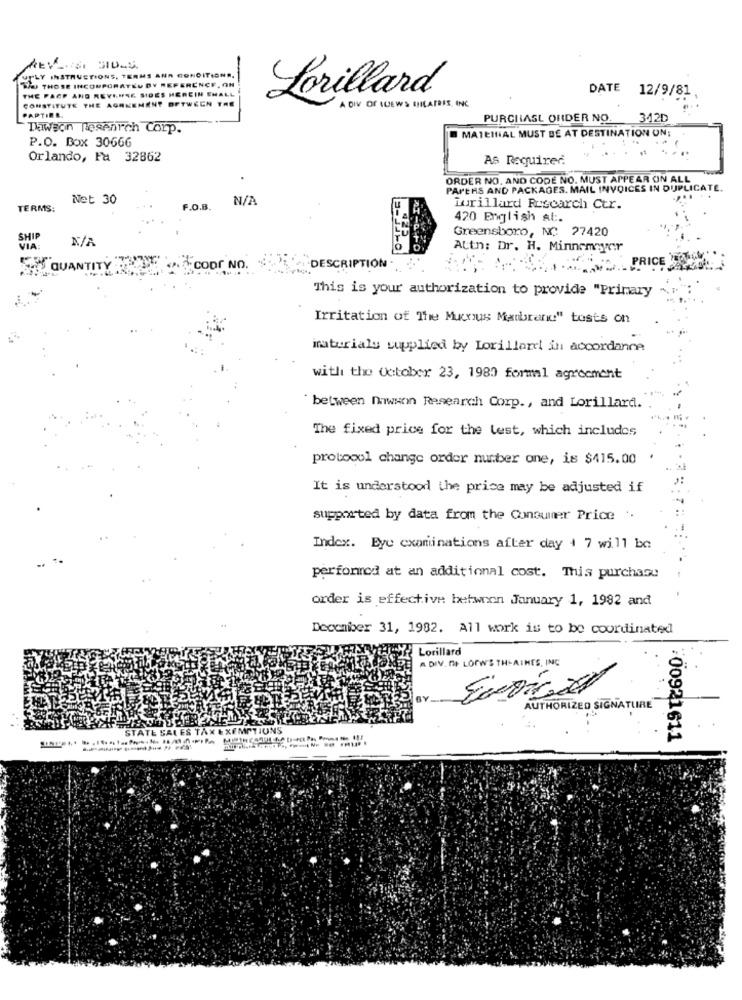
UPLY INSTRUCTIONS, TERMS AND CONDITIONS.
We THOSE INCORPORATEU BY REFERENCE, ON
THE PACP AND REVERSE SIDES HEREIN SMALL
DATE 12/9/81
CONSTITUTE THE AGREEMENT BETWEEN THE
Lorillard
A DIV OF ICEWS EHILAFRIS, INC
PAPTIRE.
PURCHASE ORDER NO
342D
Dawson Research Corp.
B MAIEINAL MUST BE AT DESTINATION ON;
P.O. Box 30666
Orlando, Fa 32862
AS Required.
ORDER NO, AND CODE NO. MUST APPEAR ON ALL
PAPERS AND PACKAGES. MAIL INVOICES IN DUPLICATE
Net 30
TERMS:
F.O.B.
Turillard Research Ctr.
420 English al :.
Greensboro, NC 27420
SHIP
VIA:
Attn: Dr. H. Minnemayor
PRICE"
QUANTITY
coor NO.
DESCRIPTION
This is your authorization to provide "Primary
Irritation of The Mucous Maubrand" tosts on
materials supplied by Lorillard in accordance
with the October 23, 1980 formal agreement
between nawenn Research Corp ., and Lorillard.
The fixed price for the lest, which includes
protocol change order number one, is $415.00
It is understood the price may be adjusted if
supported by data from the Consumer Price ..
Index. Eye examinations after day 4 7 will be
performed at an additional cost. This purchase
order is effective betwoon January 1, 1992 and
December 31, 1982. All work is to be coordinated
Lorillard
A DIV. DE LOPWS THIAINES, INC
AUTHORIZED SIGNATURE
STATE SALES TAX EXEMPTIONS
#00921611